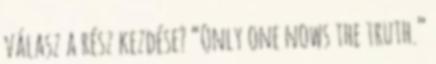
válasz a rész kezdése? “Only one nows the truth.”